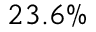
2 3 . 6 \%